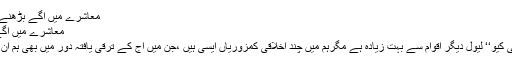
معاشرے میں آگے بڑھنے کا’’ راز‘‘ | ادبستان
معاشرے میں آگے بڑھنے کا’’ راز‘‘
بحیثیتِ قوم ہمارا’’آئی کیو‘‘ لیول دیگر اقوام سے بہت زیادہ ہے مگرہم میں چند اخلاقی کمزوریاں ایسی ہیں ،جن میں آج کے ترقی یافتہ دور میں بھی ہم ان سے پیچھے ہی ہیں۔